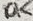
Text: 10K